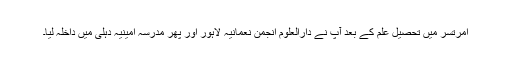
امرتسر میں تحصیل علم کے بعد آپ نے دارالعلوم انجمن نعمانیہ لاہور اور پھر مدرسہ امینیہ دہلی میں داخلہ لیا۔